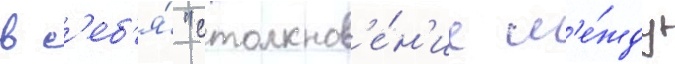
в с'еб'я́ "столкнов'е́н'ие м'е́жду